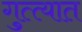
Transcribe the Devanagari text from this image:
गुत्त्यात